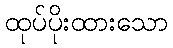
ထုပ်ပိုးထားသော